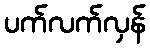
ပက်လက်လှန်